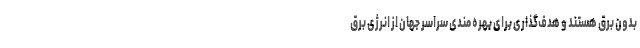
بدون برق هستند و هدف‌گذاری برای بهره مندی سراسر جهان از انرژی برق